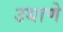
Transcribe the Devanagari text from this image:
उधाणे